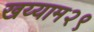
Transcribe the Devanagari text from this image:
खय्याम२९